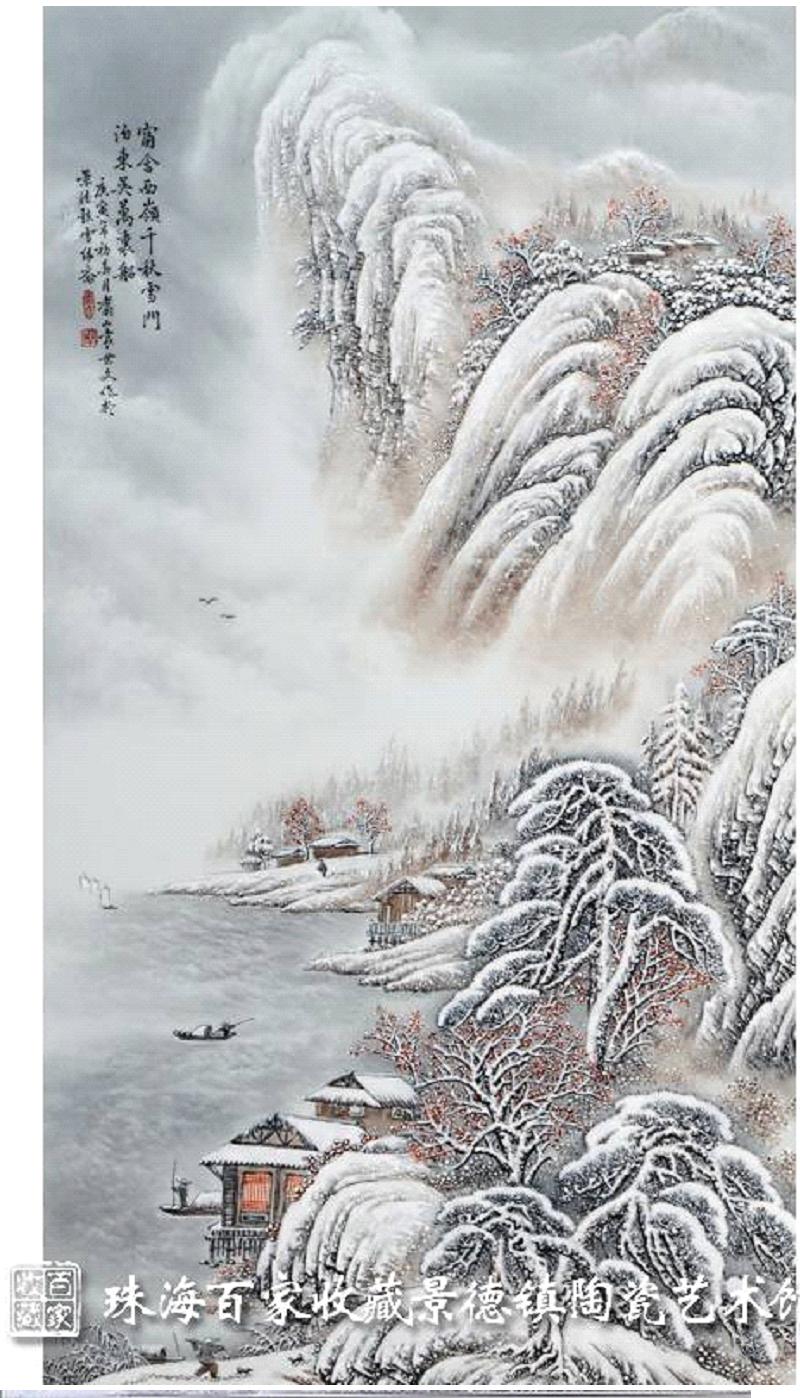
窗含西岭千秋雪，门泊东吴万里船。